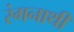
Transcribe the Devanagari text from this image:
रंगनाथी